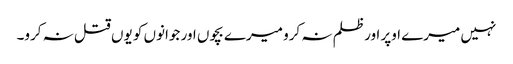
نہیں میرے اوپر اور ظلم نہ کرو میرے بچوں اور جوانوں کو یوں قتل نہ کرو۔